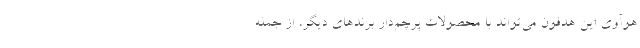
هوآوی این هدفون می‌تواند با محصولات پرچم‌دار برندهای دیگر، از جمله